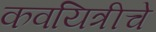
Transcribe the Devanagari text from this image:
कवयित्रीचे